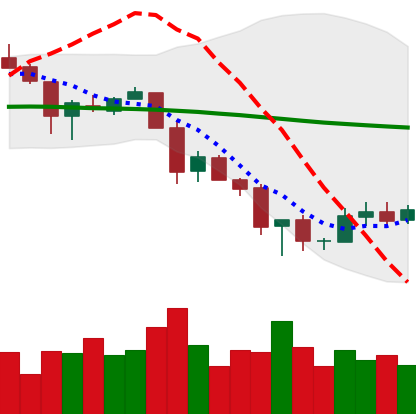
Ticker: XLM-USD
Chart end date: 2018-12-01
Forward return: -28.099%
Label: down_7plus